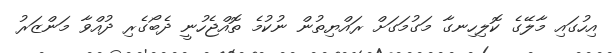
އިހުގައި މާލޭގެ ކޮލިހިނގާ މަގުމަގަށް ރައްޔިތުން ނުކުމެ ތޮއްޖެހުނީ ދެބޯގެރި ދުއްވާ މަންޒަރު